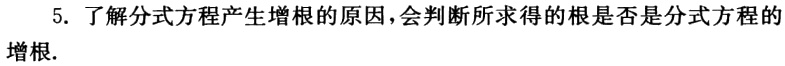
5. 了解分式方程产生增根的原因，会判断所求得的根是否是分式方程的增根.